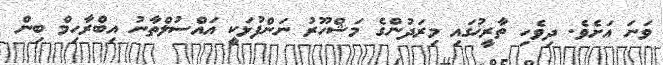
ވަނަ އަށެވެ. ދިވެހި ތާރީޚުގައި މިރަދުންގެ މަޝްހޫރު ނަންފުޅަކީ އައްސުލްތާނު އިބްރާހިމް ބިން